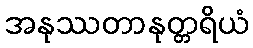
အနုဿတာနုတ္တရိယံ